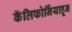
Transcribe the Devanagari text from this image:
कॅलिफोर्नियाहून